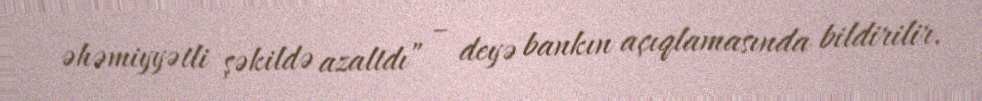
əhəmiyyətli şəkildə azaltdı” – deyə bankın açıqlamasında bildirilir.